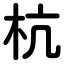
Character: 杭